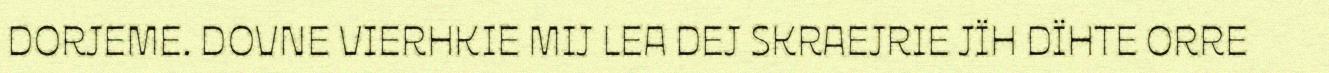
DORJEME. DOVNE VIERHKIE MIJ LEA DEJ SKRAEJRIE JÏH DÏHTE ORRE